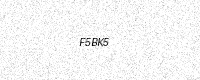
Text: F5BK5